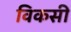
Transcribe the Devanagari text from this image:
विकसी